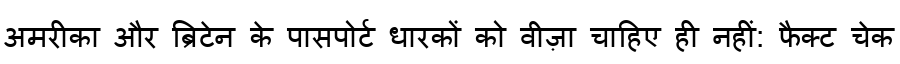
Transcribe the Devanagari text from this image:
अमरीका और ब्रिटेन के पासपोर्ट धारकों को वीज़ा चाहिए ही नहीं: फैक्ट चेक